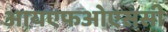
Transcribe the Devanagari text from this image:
आयएफओएससी